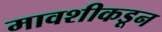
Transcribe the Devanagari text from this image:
मावशीकडून